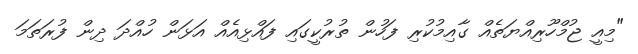
"މިއީ ޖުމްހޫރިއްޔަތެއް ގާއިމުކުރި ފަހުން ތުރުކީގައި ފައްޅިއެއް އަޅަން ހުއްދަ ދިން ފުރަތަމަ